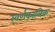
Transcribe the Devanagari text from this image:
स्वर्णकालिक